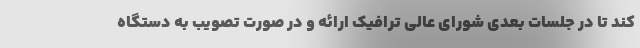
کند تا در جلسات بعدی شورای عالی ترافیک ارائه و در صورت تصویب به دستگاه